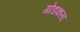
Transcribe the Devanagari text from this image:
गोडकला